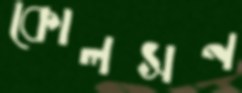
কোলসন